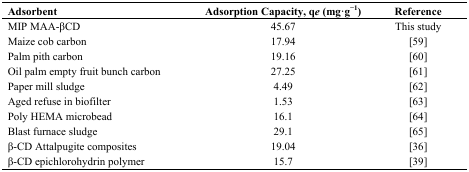
<table><thead><tr><td><b>Adsorbent</b></td><td><b>Adsorption Capacity, q<i>e</i> (mg·g<sup>−1</sup>)</b></td><td><b>Reference</b></td></tr></thead><tbody><tr><td>MIP MAA-βCD</td><td>45.67</td><td>This study</td></tr><tr><td>Maize cob carbon</td><td>17.94</td><td>[59]</td></tr><tr><td>Palm pith carbon</td><td>19.16</td><td>[60]</td></tr><tr><td>Oil palm empty fruit bunch carbon</td><td>27.25</td><td>[61]</td></tr><tr><td>Paper mill sludge</td><td>4.49</td><td>[62]</td></tr><tr><td>Aged refuse in biofilter</td><td>1.53</td><td>[63]</td></tr><tr><td>Poly HEMA microbead</td><td>16.1</td><td>[64]</td></tr><tr><td>Blast furnace sludge</td><td>29.1</td><td>[65]</td></tr><tr><td>β-CD Attalpugite composites</td><td>19.04</td><td>[36]</td></tr><tr><td>β-CD epichlorohydrin polymer</td><td>15.7</td><td>[39]</td></tr></tbody></table>